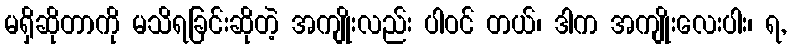
မရှိဆိုတာကို မသိရခြင်းဆိုတဲ့ အကျိုးလည်း ပါဝင် တယ်၊ ဒါက အကျိုးလေးပါး၊ ရ,